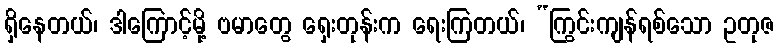
ရှိနေတယ်၊ ဒါကြောင့်မို့ ဗမာတွေ ရှေးတုန်းက ရေးကြတယ်၊ “ကြွင်းကျန်ရစ်သော ဥတုဇ